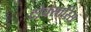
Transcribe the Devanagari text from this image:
टोक्सारिस